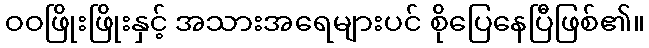
ဝဝဖြိုးဖြိုးနှင့် အသားအရေများပင် စိုပြေနေပြီဖြစ်၏။